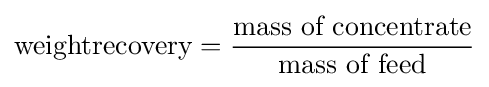
\mathrm {weightrecovery} ={\frac {\mbox{mass of concentrate}}{\mbox{mass of feed}}}